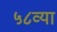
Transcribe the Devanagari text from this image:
५८व्या